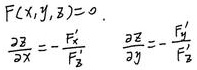
\[
\begin{align*}
F(x,y,z)&=0\\
\frac{\partial z}{\partial x}&=-\frac{F_{x}'}{F_{z}'}\\
\frac{\partial z}{\partial y}&=-\frac{F_{y}'}{F_{z}'}
\end{align*}
\]